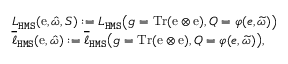
\begin{array} { r l } & { L _ { \mathtt { H M S } } ( \mathrm { e } , \hat { \omega } , S ) : = L _ { \mathtt { H M S } } \big ( g = \mathrm { T r } ( \mathrm { e } \otimes \mathrm { e } ) , Q = \varphi ( e , \widetilde { \omega } ) \big ) } \\ & { \overline { { \ell } } _ { \mathtt { H M S } } ( \mathrm { e } , \hat { \omega } ) : = \overline { { \ell } } _ { \mathtt { H M S } } \big ( g = \mathrm { T r } ( \mathrm { e } \otimes \mathrm { e } ) , Q = \varphi ( e , \widetilde { \omega } ) \big ) , } \end{array}